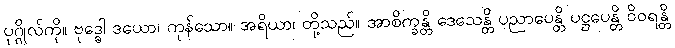
ပုဂ္ဂိုလ်ကို။ ဗုဒ္ဓေါ ဒယော၊ ကုန်သော။ အရိယာ၊ တို့သည်။ အာစိက္ခန္တိ ဒေသေန္တိ ပညာပေန္တိ ပဋ္ဌပေန္တိ ဝိဝရန္တိ